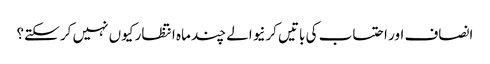
انصاف اور احتساب کی باتیں کرنیوالے چند ماہ انتظار کیوں نہیں کر سکتے؟